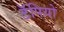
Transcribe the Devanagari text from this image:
टॅपियो